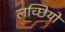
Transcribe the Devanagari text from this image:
लच्छियों